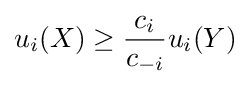
u_{i}(X)\geq {c_{i} \over c_{-i}}u_{i}(Y)